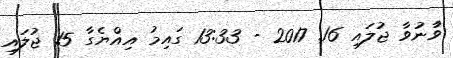
ވާުނުވާ ޖުލައި 16